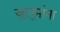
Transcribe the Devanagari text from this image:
जुलुमांना